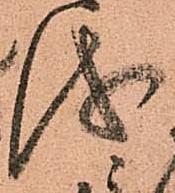
儀